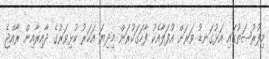
މިފުރުޞަތުގައި އަޅުގަނޑު ވަރަށް އުފަލާއެކު ފާހަގަކުރަން މިދިޔަ އަހަރު ކުޅިވަރުގެ ދާއިރާއިން ރާއްޖެ